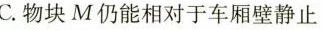
C.物块M仍能相对于车厢壁静止